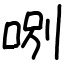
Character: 哵